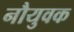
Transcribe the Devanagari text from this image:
नौयुवक